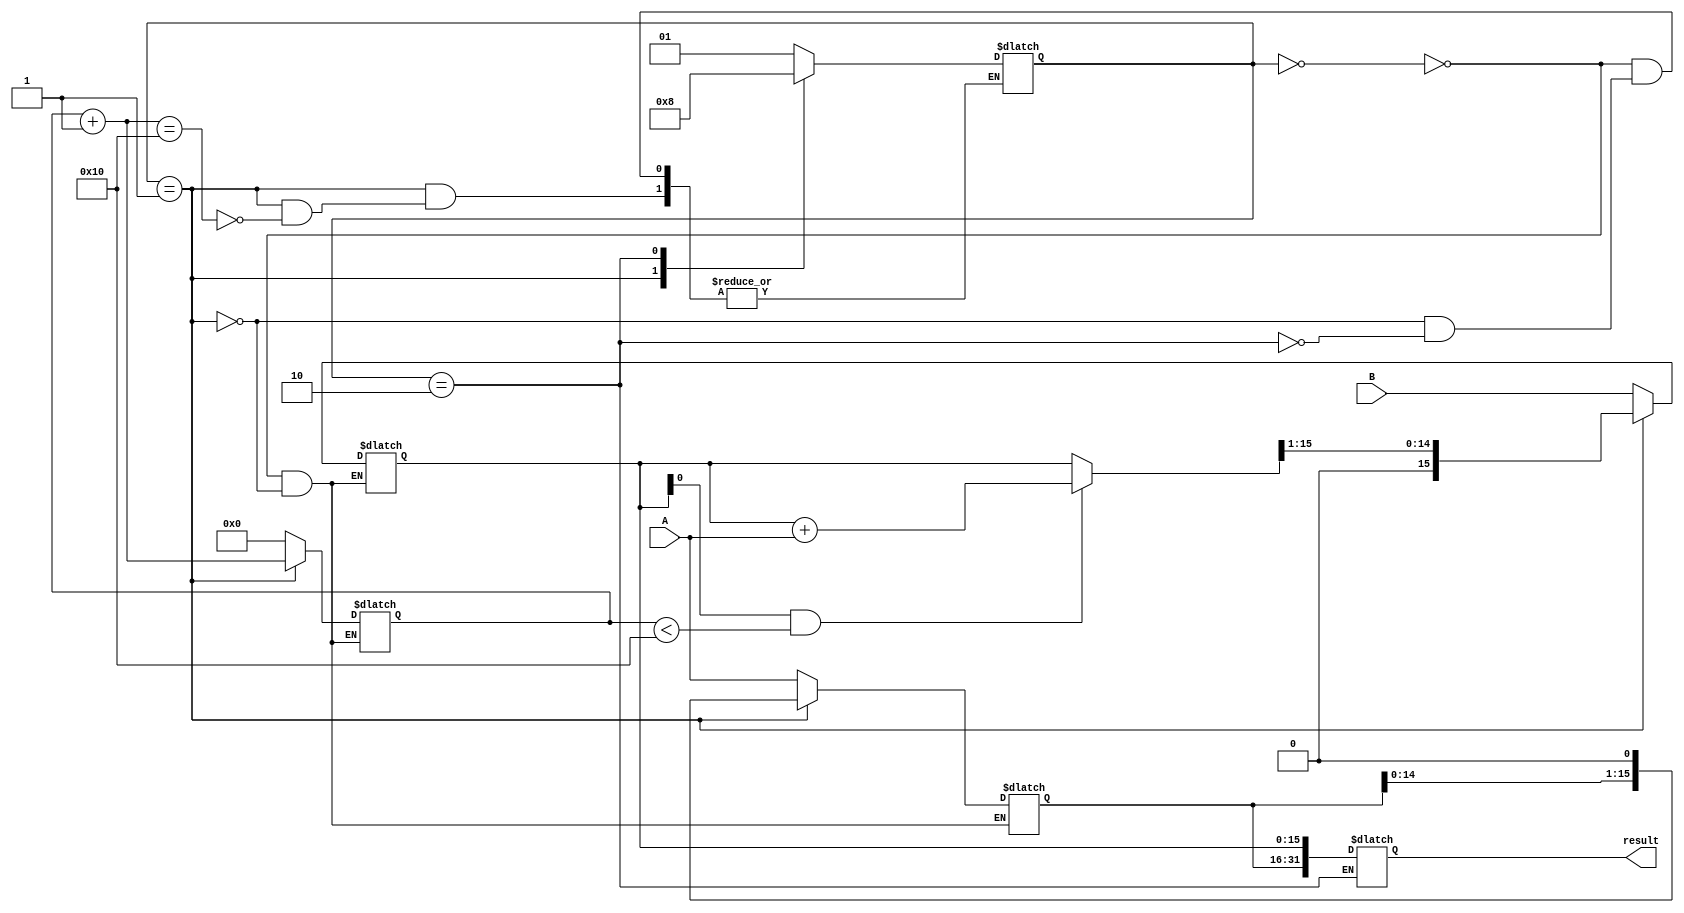
module booth_multiplier(
  input [15:0] A,
  input [15:0] B,
  output reg [31:0] result
);

reg [31:0] product;
reg [15:0] a, b;
reg [4:0] counter;
reg [1:0] state;

always @(*) begin
  case (state)
    2'b00: begin
      a = A;
      b = B;
      counter = 0;
      state = 2'b01;
    end
    2'b01: begin
      if (b[0] == 1 && counter < 16)
        b = b + A;
      b = b >> 1;
      a = a << 1;
      counter = counter + 1;
      
      if (counter == 16)
        state = 2'b10;
    end
    2'b10: begin
      product = {a, b};
      state = 2'b00;
    end
  endcase
end

assign result = product;

endmodule